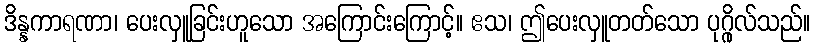
ဒိန္နကာရဏာ၊ ပေးလှူခြင်းဟူသော အကြောင်းကြောင့်။ ဧသ၊ ဤပေးလှူတတ်သော ပုဂ္ဂိုလ်သည်။